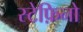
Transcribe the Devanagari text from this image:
स्टेफ़िनो